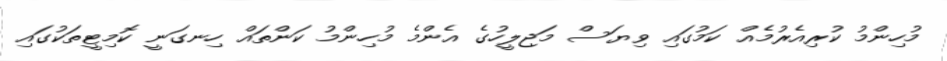
މުހިންމު ކުރިއެރުމެއް ކަމުގައި ވިޔަސް މަޖިލީހުގެ އެންމެ މުހިންމު ކަންތައް ހިނގަނީ ކޮމިޓީތަކުގައި